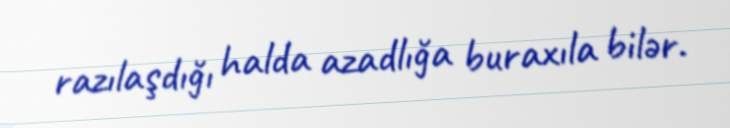
razılaşdığı halda azadlığa buraxıla bilər.